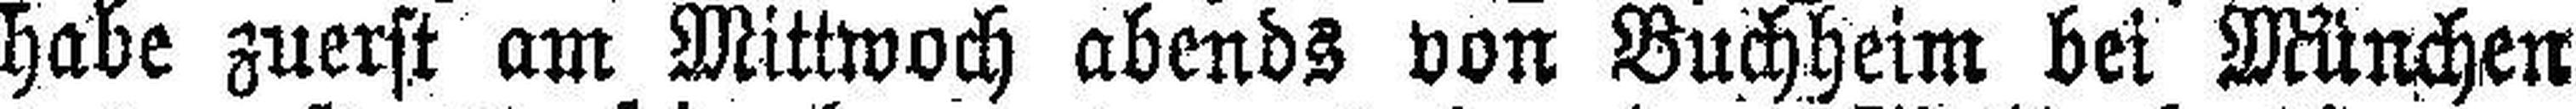
habe zuerst am Mittwoch abends von Buchheim bei München